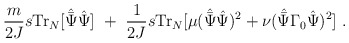
\begin{align*}\frac{m}{2J} s{\rm Tr}_N [{\hat{\bar \Psi}}{\hat \Psi}]\ +\ \frac{1}{2J} s{\rm Tr}_N [\mu ({\hat{\bar\Psi}}{\hat\Psi})^2 +\nu ({\hat{\bar\Psi}}\Gamma_0 {\hat\Psi})^2 ]\ .\end{align*}